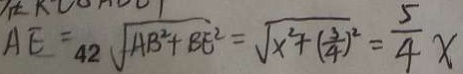
A E = 4 \sqrt { A B ^ { 2 } + B E ^ { 2 } } = \sqrt { x ^ { 2 } + ( \frac { 3 } { 4 } ) ^ { 2 } } = \frac { 5 } { 4 } x